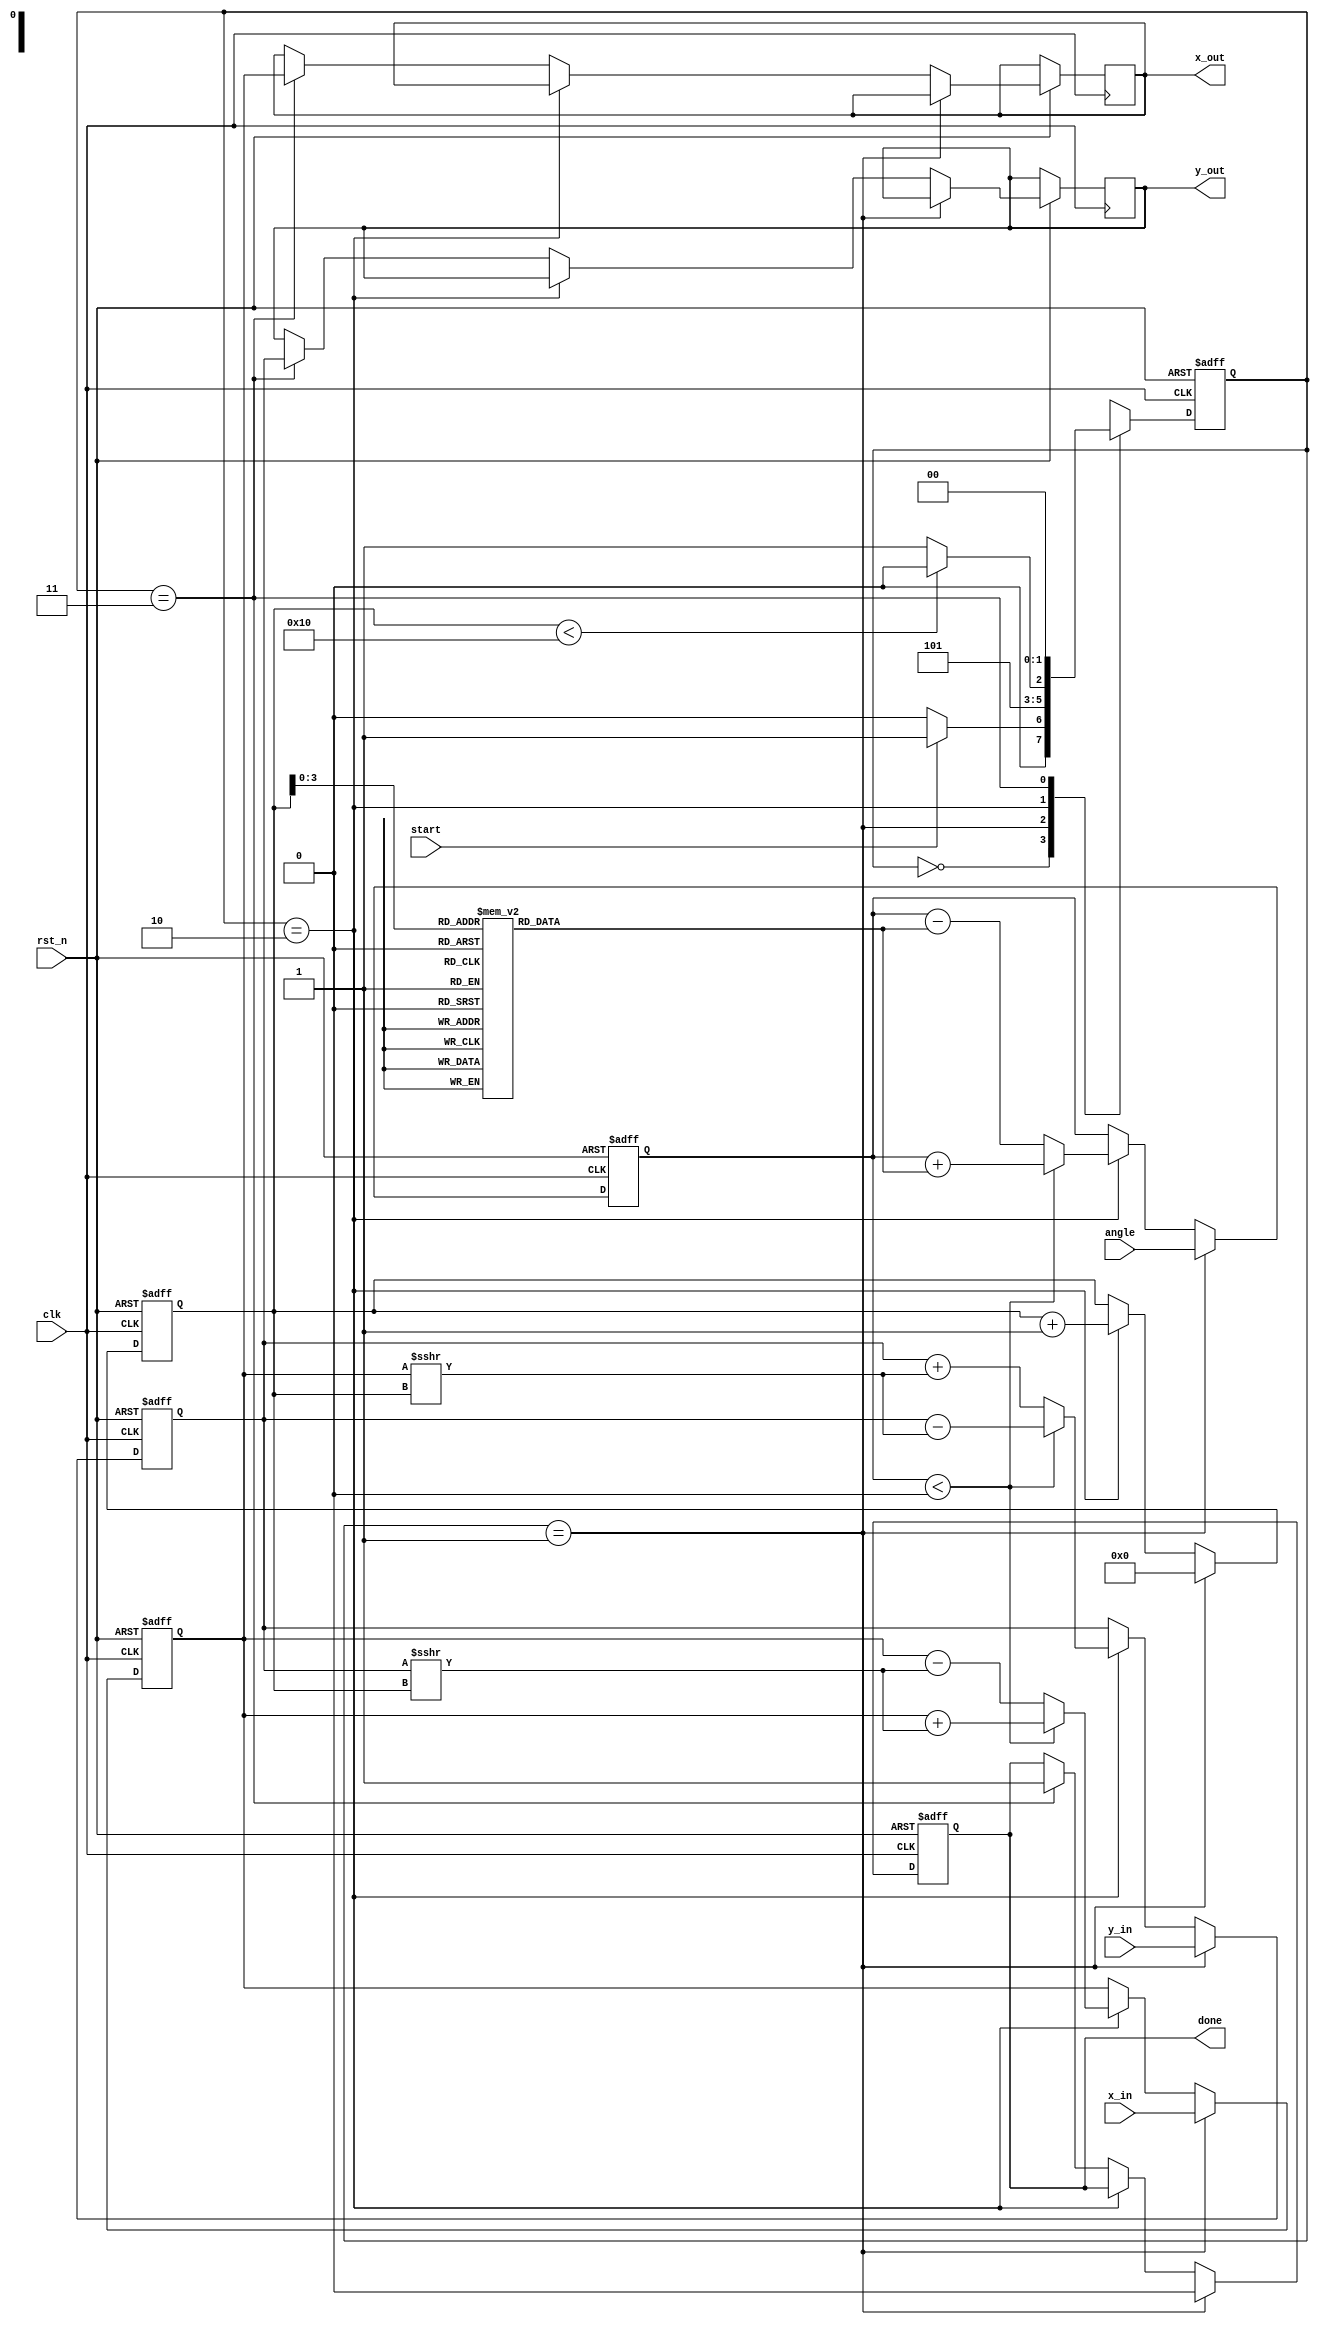
module modified_cordic #(
    parameter DATA_WIDTH = 16,
    parameter ITERATIONS = 16
)(
    input wire clk,
    input wire rst_n,
    input wire start,
    input wire signed [DATA_WIDTH-1:0] angle, // Input angle in radians (scaled)
    input wire signed [DATA_WIDTH-1:0] x_in,   // Initial X vector
    input wire signed [DATA_WIDTH-1:0] y_in,   // Initial Y vector
    output reg signed [DATA_WIDTH-1:0] x_out,  // Output X coordinate
    output reg signed [DATA_WIDTH-1:0] y_out,  // Output Y coordinate
    output reg done
);

    // State Encoding
    localparam IDLE        = 2'b00;
    localparam INITIALIZE  = 2'b01;
    localparam ITERATE     = 2'b10;
    localparam COMPLETE     = 2'b11;

    reg [1:0] state, next_state;
    reg [4:0] iteration; // Iteration counter
    reg signed [DATA_WIDTH-1:0] x, y, z; // Internal registers for computation
    reg signed [DATA_WIDTH-1:0] atan_table [0:ITERATIONS-1]; // Pre-computed arctangent values

    // Initialize the arctangent table
    initial begin
        atan_table[0] = 16'h3243; // atan(2^-0) in fixed-point
        atan_table[1] = 16'h1DAC; // atan(2^-1)
        atan_table[2] = 16'h0FBD; // atan(2^-2)
        atan_table[3] = 16'h07E4; // atan(2^-3)
        // Fill in the rest of the atan_table for further iterations
        // ...
    end

    // State Machine
    always @(posedge clk or negedge rst_n) begin
        if (!rst_n) begin
            state <= IDLE;
            iteration <= 0;
            done <= 0;
            x <= 0;
            y <= 0;
            z <= 0;
        end else begin
            state <= next_state;
            if (state == INITIALIZE) begin
                x <= x_in;
                y <= y_in;
                z <= angle;
                iteration <= 0;
                done <= 0;
            end else if (state == ITERATE) begin
                // Update for next iteration
                if (z < 0) begin
                    x <= x + (y >>> iteration);
                    y <= y - (x >>> iteration);
                    z <= z + atan_table[iteration];
                end else begin
                    x <= x - (y >>> iteration);
                    y <= y + (x >>> iteration);
                    z <= z - atan_table[iteration];
                end
                iteration <= iteration + 1;
            end else if (state == COMPLETE) begin
                x_out <= x;
                y_out <= y;
                done <= 1;
            end
        end
    end

    // Next State Logic
    always @(*) begin
        case (state)
            IDLE: begin
                if (start) next_state = INITIALIZE;
                else next_state = IDLE;
            end
            INITIALIZE: begin
                next_state = ITERATE;
            end
            ITERATE: begin
                if (iteration < ITERATIONS) next_state = ITERATE;
                else next_state = COMPLETE;
            end
            COMPLETE: begin
                next_state = IDLE;
            end
            default: next_state = IDLE;
        endcase
    end

endmodule